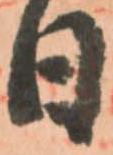
日